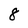
Character: 8